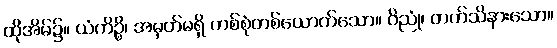
ထိုအိမ်၌။ ယံကိဉ္စိ၊ အမှတ်မရှိ တစ်စုံတစ်ယောက်သော။ ဝိညုံ၊ တက်သိနားသော။